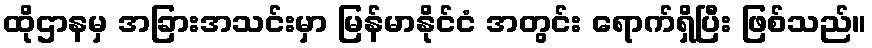
ထိုဌာနမှ အခြားအသင်းမှာ မြန်မာနိုင်ငံ အတွင်း ရောက်ရှိပြီး ဖြစ်သည်။